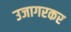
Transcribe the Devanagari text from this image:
उजागरकर